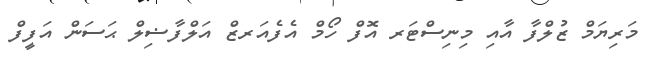
މަރިޔަމް ޒުލްފާ އާއި މިނިސްޓަރ އޮފް ހޯމް އެފެއަރޒް އަލްފާޟިލް ޙަސަން އަފީފް